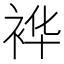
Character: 𮕽